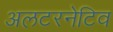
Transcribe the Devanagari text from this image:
अलटरनेटिव